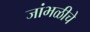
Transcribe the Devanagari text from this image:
जांभळीचे